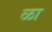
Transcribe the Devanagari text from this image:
ळा